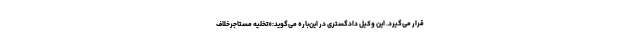
قرار می‌گیرد. این وکیل دادگستری در این‌باره می‌گوید:«تخلیه مستاجرخلاف